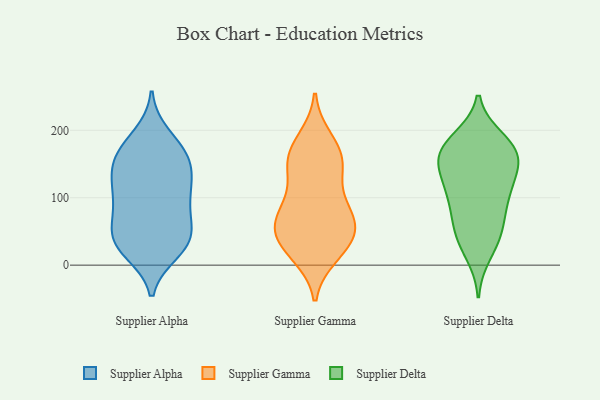
{"axis": {"x": "Humidity (%)", "y": "Value"}, "legend": ["Supplier Alpha", "Supplier Delta", "Supplier Gamma"], "data": [{"x": "", "y": 151, "type": "Supplier Alpha"}, {"x": "", "y": 20, "type": "Supplier Alpha"}, {"x": "", "y": 98, "type": "Supplier Alpha"}, {"x": "", "y": 170, "type": "Supplier Alpha"}, {"x": "", "y": 145, "type": "Supplier Alpha"}, {"x": "", "y": 35, "type": "Supplier Alpha"}, {"x": "", "y": 28, "type": "Supplier Alpha"}, {"x": "", "y": 29, "type": "Supplier Alpha"}, {"x": "", "y": 47, "type": "Supplier Alpha"}, {"x": "", "y": 134, "type": "Supplier Alpha"}, {"x": "", "y": 78, "type": "Supplier Alpha"}, {"x": "", "y": 109, "type": "Supplier Alpha"}, {"x": "", "y": 36, "type": "Supplier Alpha"}, {"x": "", "y": 169, "type": "Supplier Alpha"}, {"x": "", "y": 169, "type": "Supplier Alpha"}, {"x": "", "y": 57, "type": "Supplier Alpha"}, {"x": "", "y": 109, "type": "Supplier Alpha"}, {"x": "", "y": 127, "type": "Supplier Alpha"}, {"x": "", "y": 79, "type": "Supplier Alpha"}, {"x": "", "y": 192, "type": "Supplier Alpha"}, {"x": "", "y": 147, "type": "Supplier Gamma"}, {"x": "", "y": 68, "type": "Supplier Gamma"}, {"x": "", "y": 167, "type": "Supplier Gamma"}, {"x": "", "y": 47, "type": "Supplier Gamma"}, {"x": "", "y": 170, "type": "Supplier Gamma"}, {"x": "", "y": 47, "type": "Supplier Gamma"}, {"x": "", "y": 102, "type": "Supplier Gamma"}, {"x": "", "y": 148, "type": "Supplier Gamma"}, {"x": "", "y": 26, "type": "Supplier Gamma"}, {"x": "", "y": 16, "type": "Supplier Gamma"}, {"x": "", "y": 24, "type": "Supplier Gamma"}, {"x": "", "y": 78, "type": "Supplier Gamma"}, {"x": "", "y": 76, "type": "Supplier Gamma"}, {"x": "", "y": 45, "type": "Supplier Gamma"}, {"x": "", "y": 72, "type": "Supplier Gamma"}, {"x": "", "y": 141, "type": "Supplier Gamma"}, {"x": "", "y": 186, "type": "Supplier Gamma"}, {"x": "", "y": 17, "type": "Supplier Delta"}, {"x": "", "y": 110, "type": "Supplier Delta"}, {"x": "", "y": 169, "type": "Supplier Delta"}, {"x": "", "y": 51, "type": "Supplier Delta"}, {"x": "", "y": 143, "type": "Supplier Delta"}, {"x": "", "y": 118, "type": "Supplier Delta"}, {"x": "", "y": 84, "type": "Supplier Delta"}, {"x": "", "y": 79, "type": "Supplier Delta"}, {"x": "", "y": 105, "type": "Supplier Delta"}, {"x": "", "y": 161, "type": "Supplier Delta"}, {"x": "", "y": 162, "type": "Supplier Delta"}, {"x": "", "y": 180, "type": "Supplier Delta"}, {"x": "", "y": 39, "type": "Supplier Delta"}, {"x": "", "y": 178, "type": "Supplier Delta"}, {"x": "", "y": 133, "type": "Supplier Delta"}, {"x": "", "y": 157, "type": "Supplier Delta"}, {"x": "", "y": 187, "type": "Supplier Delta"}, {"x": "", "y": 46, "type": "Supplier Delta"}]}